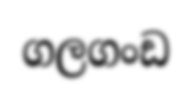
ගලගංඩ